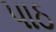
પાઠ